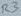
Text: R3